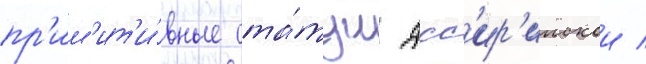
пр'им'ит'и́вные ста́туи асс'ир'иискои /